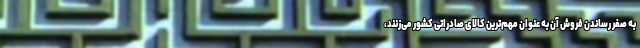
به صفر رساندن فروش آن به عنوان مهم‌ترین کالای صادراتی کشور می‌زنند،